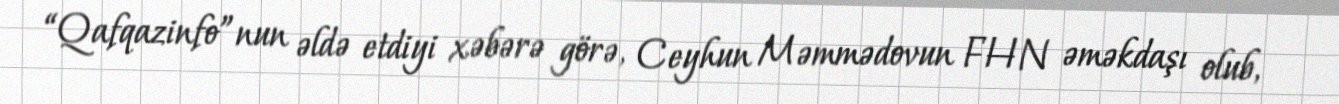
“Qafqazinfo”nun əldə etdiyi xəbərə görə, Ceyhun Məmmədovun FHN əməkdaşı olub,